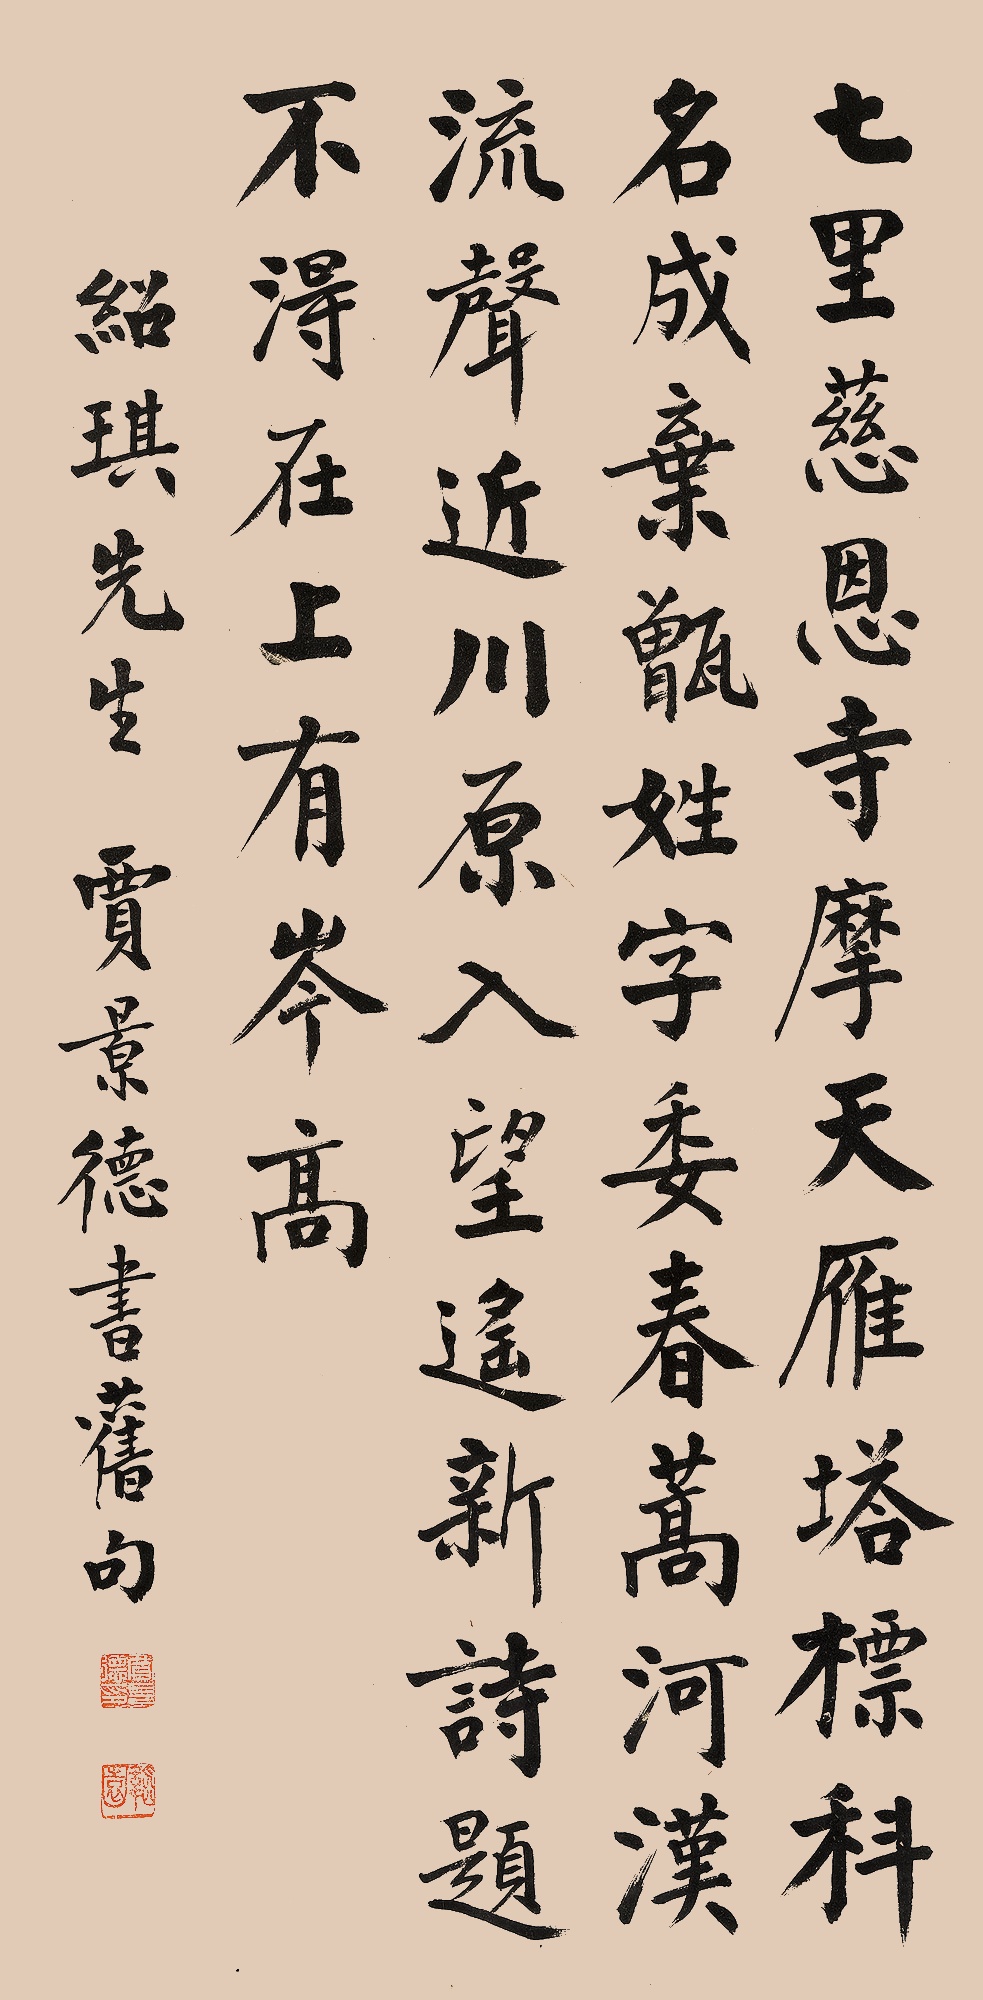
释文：七里慈恩寺，摩天雁塔标。科名成弃甑，姓字委春蒿。河汉流声近，川原入望遥。新诗题不得，在上有岑高。绍琪先生，贾景德书旧句。